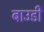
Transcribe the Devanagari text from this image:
बाउडी